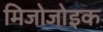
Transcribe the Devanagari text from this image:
मिजोजोइक